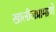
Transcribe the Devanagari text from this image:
खालीलप्रामाणे